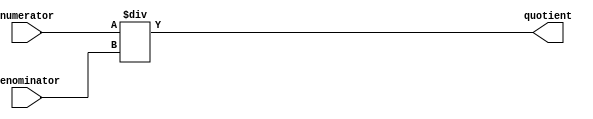
module Fractional_Divider(
    input wire [31:0] numerator,
    input wire [31:0] denominator,
    output wire [31:0] quotient
);

assign quotient = numerator / denominator;

endmodule